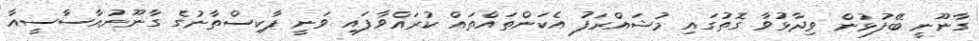
ގާނޫނީ ބޭފުޅުން ވިދާޅުވާ ގޮތުގައި މުޝައްރަފު އެކަންތައްތައް ކުރައްވާފައި ވަނީ ޕާކިސްތާނުގެ ގާނޫނުއާސާސީއާ